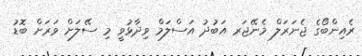
ރެއިންބޯގެ ޖެނަރަލް މެނޭޖަރ އަބުދު އަސްލަމް ވިދާޅުވީ މި ސޭލަށް ވަރަށް ބޮޑު